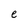
Character: e